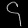
Digit: ၄